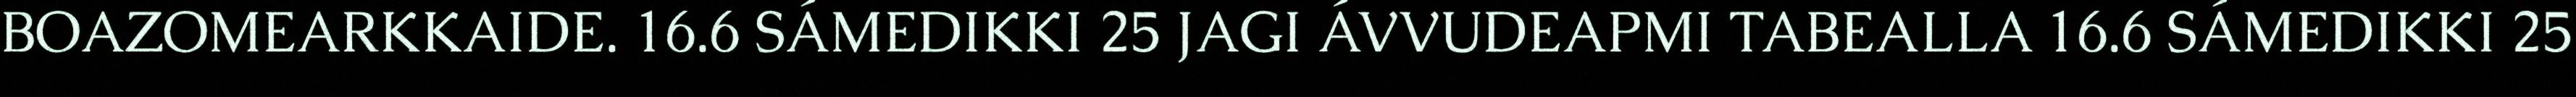
BOAZOMEARKKAIDE. 16.6 SÁMEDIKKI 25 JAGI ÁVVUDEAPMI TABEALLA 16.6 SÁMEDIKKI 25